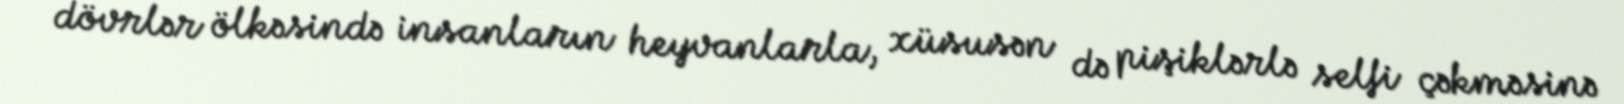
dövrlər ölkəsində insanların heyvanlarla, xüsusən də pişiklərlə selfi çəkməsinə